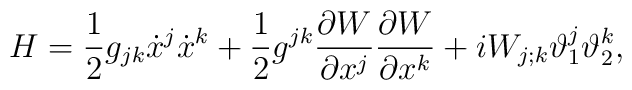
H=\frac{1}{2} g_{jk} \dot{x}^j \dot{x}^k + \frac{1}{2} g^{jk}\frac{\partial W}{\partial x^j}\frac{\partial W}{\partial x^k} + iW_{j;k} \vartheta^j_1 \vartheta^k_2,